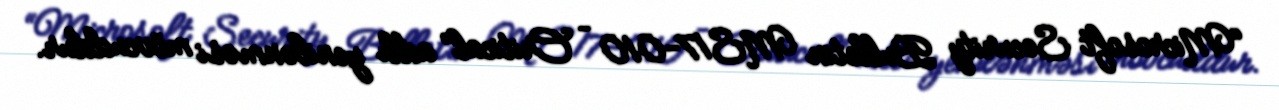
“Microsoft Security Bulletin MS17-010 – Critical” adlı yenilənməsi mövcuddur.